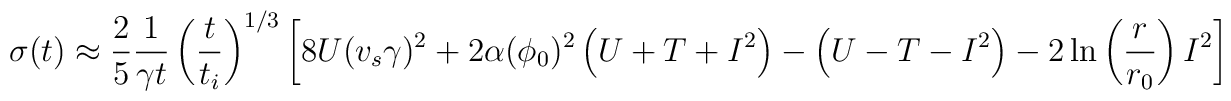
\sigma(t) \approx  \frac{2}{5} \frac{1}{\gamma t} \left(\frac{t}{t_i}\right)^{1/3} \left[8U (v_s\gamma)^2 + 2\alpha(\phi_0)^2 \left(U+T+I^2\right)- \left( U-T-I^2\right) - 2\ln\left(\frac{r}{r_0}\right)I^2  \right]